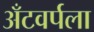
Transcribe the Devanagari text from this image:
अँटवर्पला